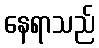
နေရာသည်